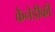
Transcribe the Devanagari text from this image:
कैनेडीकी